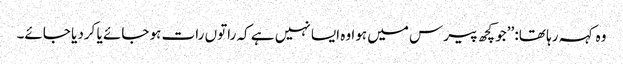
وہ کہہ رہا تھا: ’’جو کچھ پیرس میں ہوا وہ ایسا نہیں ہے کہ راتوں رات ہو جائے یا کردیا جائے۔